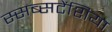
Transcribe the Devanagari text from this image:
स्सब्सटेंशिया